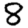
Digit: 8